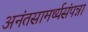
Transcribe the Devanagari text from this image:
अनंतसामर्थ्यसंपन्ना